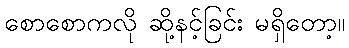
စောစောကလို ဆို့နင့်ခြင်း မရှိတော့။